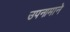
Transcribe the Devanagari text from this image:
उपनामाने